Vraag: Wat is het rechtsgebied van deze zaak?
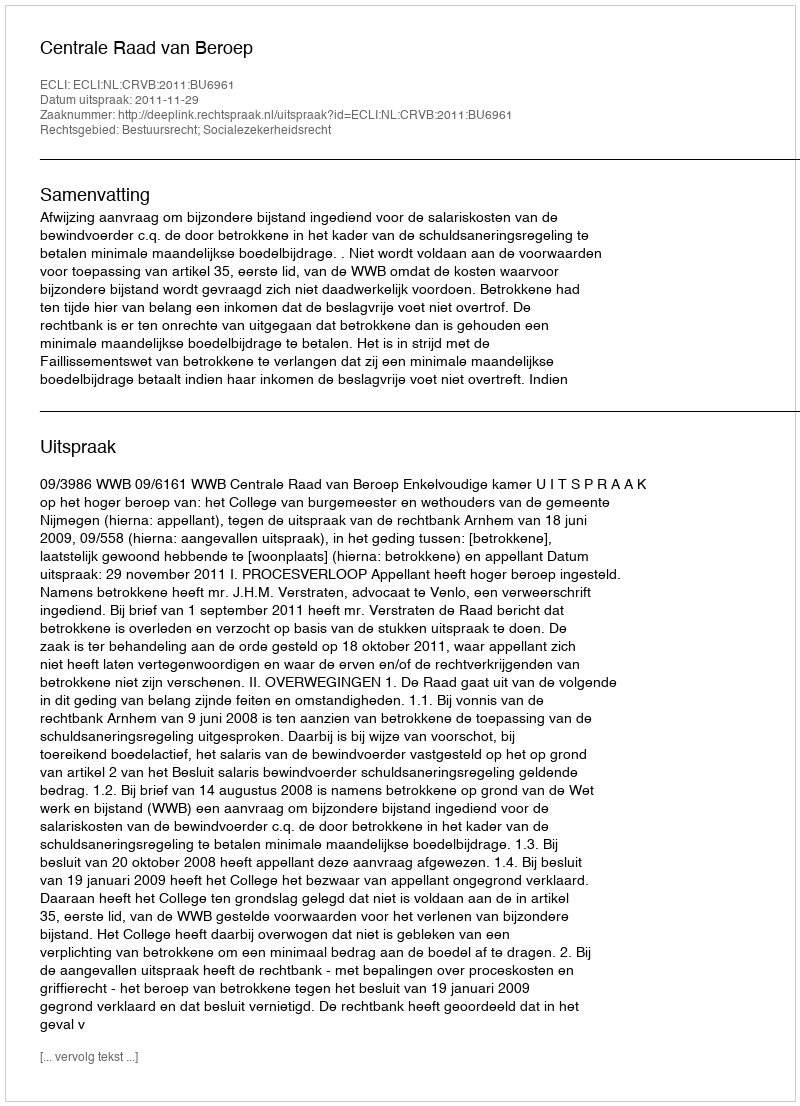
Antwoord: Bestuursrecht; Socialezekerheidsrecht